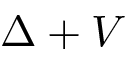
\Delta + V